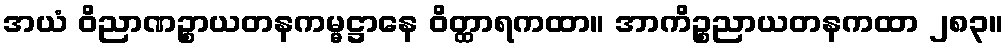
အယံ ဝိညာဏဉ္စာယတနကမ္မဋ္ဌာနေ ဝိတ္ထာရကထာ။ အာကိဉ္စညာယတနကထာ ၂၈၃။